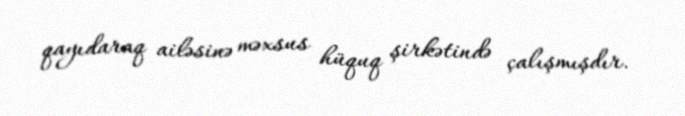
qayıdaraq ailəsinə məxsus hüquq şirkətində çalışmışdır.